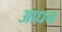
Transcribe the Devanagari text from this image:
आधन